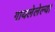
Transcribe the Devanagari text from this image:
गायलेलेल्या